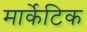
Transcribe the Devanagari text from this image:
मार्केटिक